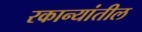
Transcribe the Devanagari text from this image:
रकान्यांतील